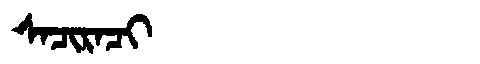
Manchu: ᠰᠠᠴᡳᡵᠠᠴᡳ
Romanization: SACIRACI